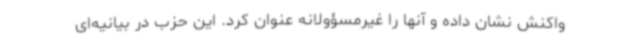
واکنش نشان داده و آنها را غیرمسؤولانه عنوان کرد. این حزب در بیانیه‌ای